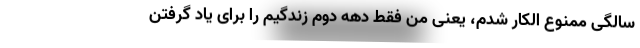
سالگی ممنوع الکار شدم، یعنی من فقط دهه دوم زندگیم را برای یاد گرفتن